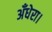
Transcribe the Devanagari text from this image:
अँधेरा।